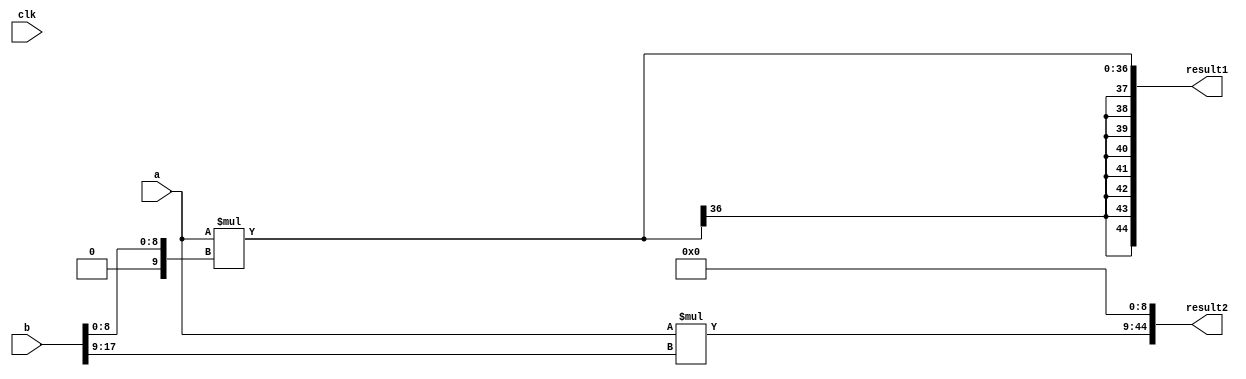
`timescale 1 ns / 100 ps  
module Multiplier_xilinx (

		input clk,

		input signed [26:0] a,
		input signed [17:0] b,
		output signed [44:0] result1,
		output signed [44:0] result2
 	); 
	
	// parmeters
	parameter input_freezed = 1'b0;
	
	
	///////////////////////
	reg signed [26:0] a_reg;
	reg signed [17:0] b_reg;
	
	always @ (posedge clk) begin
		a_reg <= a;
		b_reg <= b;
	end	
	
	wire signed [26:0] a_temp;
	wire signed [17:0] b_temp;
	
	assign a_temp = (input_freezed) ? a_reg : a;
	assign b_temp = (input_freezed) ? b_reg : b;
	///////////////////////
	
	
	
	wire signed [9:0] b_LSB;
	wire signed [9:0] b_MSB;
	
	assign b_LSB[8:0] = b_temp[8:0];
	assign b_LSB[9] = 1'b0;
	
	assign b_MSB[8:0] = b_temp[17:9];
	assign b_MSB[9] = b_temp[17];
	
	wire signed [36:0] r_1; 
	wire signed [36:0] r_2;
	
	assign r_1 = (a_temp) * (b_LSB);
	assign r_2 = (a_temp) * (b_MSB);
	
	
	assign result1 = {{8{r_1[36]}},{r_1}};									
	assign result2 = {{r_2[35:0]},{9'b0_0000_0000}};				

endmodule